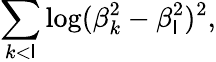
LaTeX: \sum_{k<\mathsf{l}}\log(\beta_{k}^{2}-\beta_{\mathsf{l}}^{2})^{2},